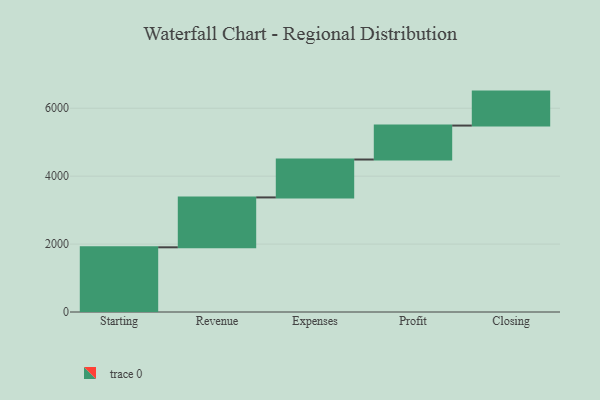
{"axis": {"x": "Step", "y": "Value"}, "legend": [""], "data": [{"x": "Starting", "y": 1905.0, "type": ""}, {"x": "Revenue", "y": 1469.0, "type": ""}, {"x": "Expenses", "y": 1116.0, "type": ""}, {"x": "Profit", "y": 1000, "type": ""}, {"x": "Closing", "y": 1000, "type": ""}]}